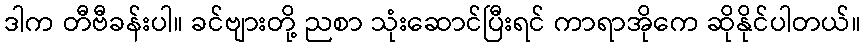
ဒါက တီဗီခန်းပါ။ ခင်ဗျားတို့ ညစာ သုံးဆောင်ပြီးရင် ကာရာအိုကေ ဆိုနိုင်ပါတယ်။